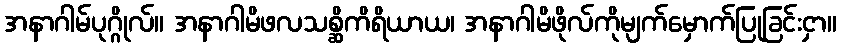
အနာဂါမ်ပုဂ္ဂိုလ်။ အနာဂါမိဖလသစ္ဆိကိရိယာယ၊ အနာဂါမိဖိုလ်ကိုမျက်မှောက်ပြုခြင်းငှာ။